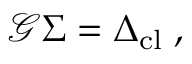
\mathcal { G } \Sigma = \Delta _ { \mathrm { c l } } \; ,